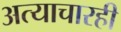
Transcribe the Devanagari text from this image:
अत्याचारही